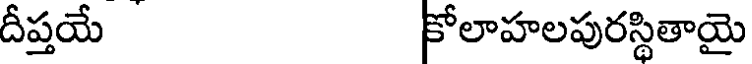
దీప్తయే కోలాహలపురస్థితాయై